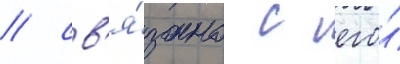
/ св'я́зано с его́